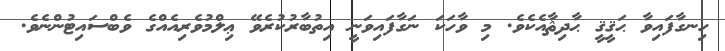
ހިނގާފައިވާ ޙަޤީޤީ ޙާދިޘާއެކެވެ. މި ވާހަކަ ނަގާފައިވަނީ އިތުބާރުކުރެވޭ ޢިލްމުވެރިއެއްގެ ވެބްސައިޓުންނެވެ.